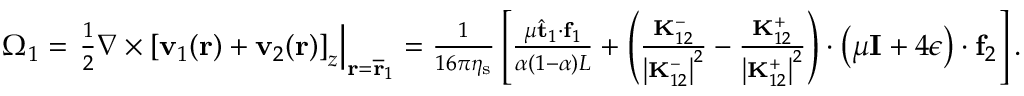
\begin{array} { r } { \Omega _ { 1 } = \left. \frac { 1 } { 2 } \nabla \times \left[ \mathbf { v } _ { 1 } ( \mathbf { r } ) + \mathbf { v } _ { 2 } ( \mathbf { r } ) \right] _ { z } \right| _ { \mathbf { r } = \overline { { \mathbf { r } } } _ { 1 } } = \frac { 1 } { 1 6 \pi \eta _ { \mathrm { s } } } \left[ \frac { \mu \hat { \mathbf { t } } _ { 1 } \cdot \mathbf { f } _ { 1 } } { \alpha ( 1 - \alpha ) L } + \left( \frac { \mathbf { K } _ { 1 2 } ^ { - } } { \left| \mathbf { K } _ { 1 2 } ^ { - } \right| ^ { 2 } } - \frac { \mathbf { K } _ { 1 2 } ^ { + } } { \left| \mathbf { K } _ { 1 2 } ^ { + } \right| ^ { 2 } } \right) \cdot \left( \mu \mathbf { I } + 4 \boldsymbol { \epsilon } \right) \cdot \mathbf { f } _ { 2 } \right] . } \end{array}